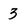
Character: 3